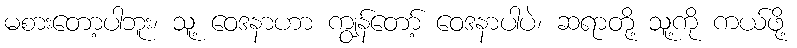
မစားတော့ပါဘူး၊ သူ့ ဝေဒနာဟာ ကျွန်တော့် ဝေဒနာပါပဲ၊ ဆရာတို့ သူ့ကို ကယ်ဖို့